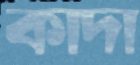
কাদা